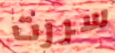
سررت